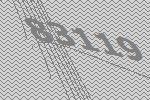
83119